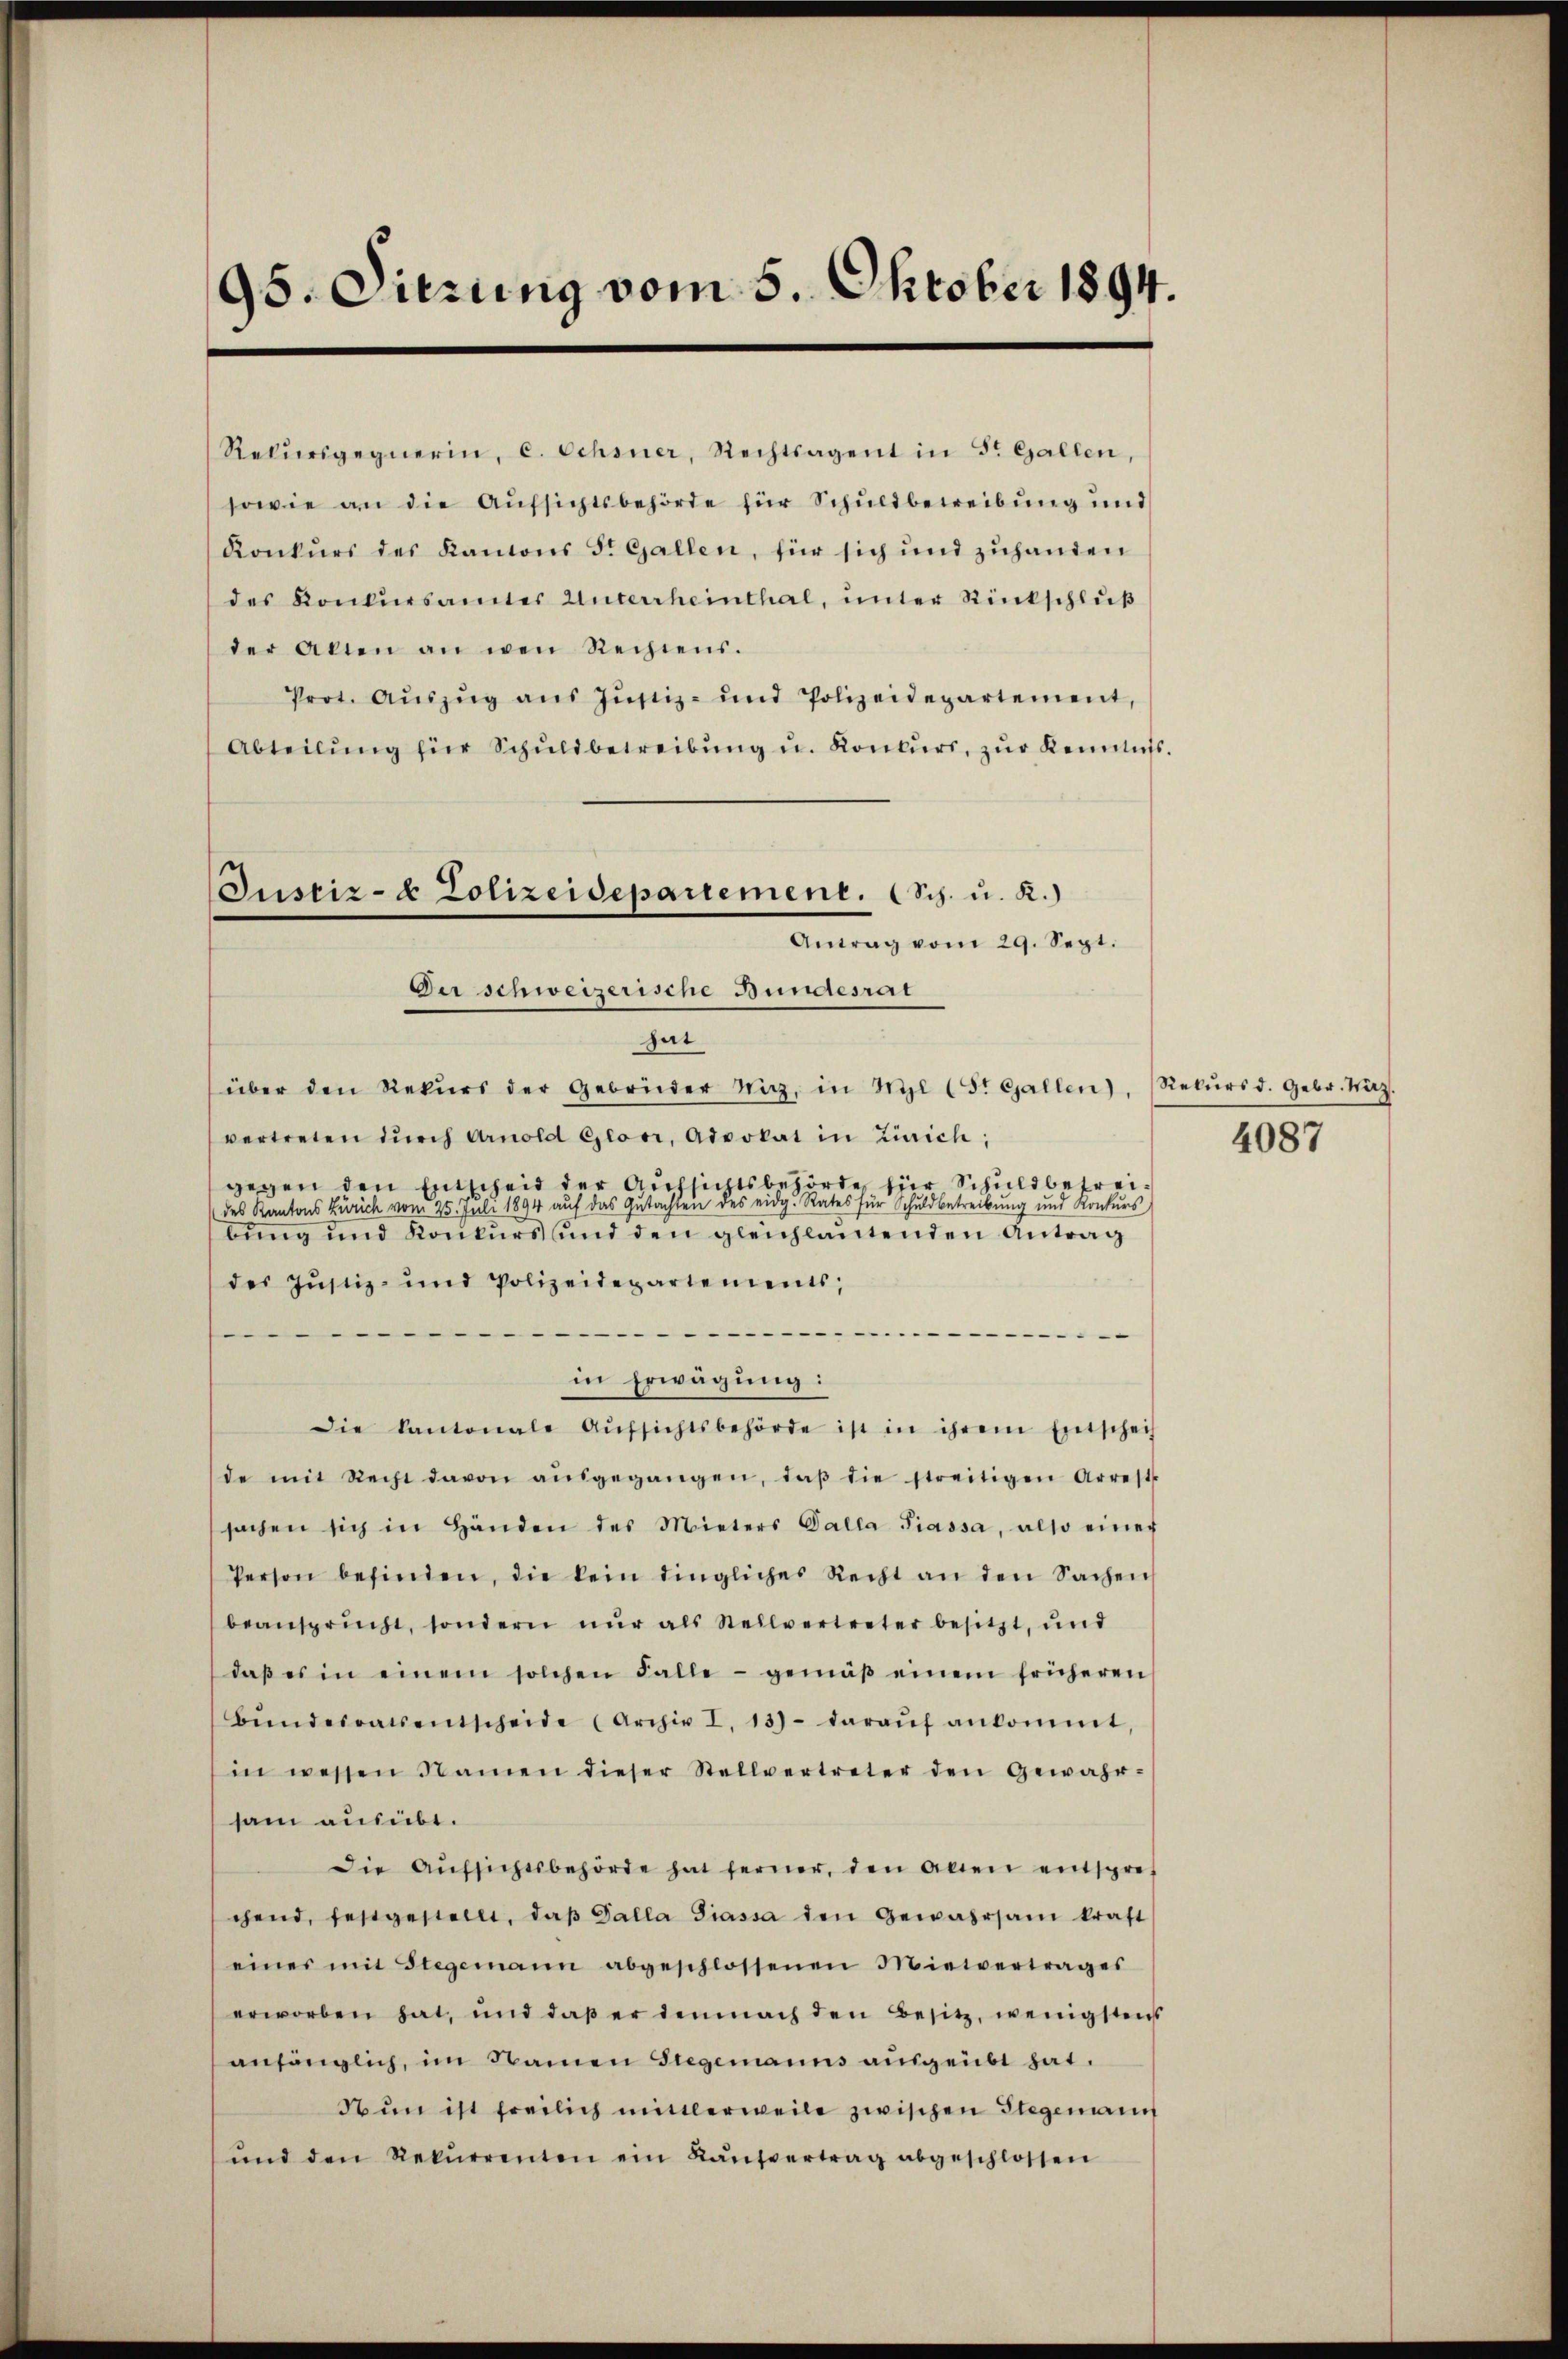
95. Dierung vom 5. Oktober 1894.

Justiz- & Polizeidepartement. (Sch. u. R.)
Antrag vom 29. Sept.
Der schweizerische Bundesrat

Rekŭrsgegnerin, c. Schöner, Rechtsagent in St. Gallen,
sowie an die Aufsichtsbehörde für Schuldbetreibung und
Konkurs des Kantons St. Gallen, für sich und zuhanden
des Konkursamtes Unterrheinthal, unter Rückschluß
der Akten an wen Rechtens.
Prot. Aŭszŭg aŭs Justiz- und Polizeidepartement,
Abteilŭng für Schŭldbetreibŭng u. Konkŭrs, zŭr Kenntnis.
hat
über den Rekŭrs der Gebrüder Wirz, in Nyl (5. Gallen), Rekŭrs d. Gebr. Maz.
vertreten dŭrch Arnold Giori, Advokat in Zürich;
gegen den Entscheid der Aufsichtsbehörde für Schuldbefreides Kantons Zürich vom 25. Juli 1894 aŭf das Gutachten des eidg. Rates für Schuldbetreibung und Konkŭrs
bung und Konkurs und den gleichlautenden Antrag
des Justiz- und Polizeidepartements,
.
—
in Erwägung:
Die Kantonale Aŭfsichtsbehörde ist in ihrem Entscheif
de mit Recht davon aŭsgegangen, daβ die streitigen Arrest
sachen sich in Händen des Mieters Galla Piassa, also einer
Person befinden, die kein dingliches Recht an den Sachen
beansprucht, sondern nŭr als Stellvertreter besitzt, und
daβ es in einem solchen Falle - gemäβ einem früheren
Bŭndesrats entscheide (Archiv I. 13) daraŭf ankommt,
in wessen Namen dieser Stellvertreter den Gewahr-
sam ausübt.
Die Aŭfsichtsbehörde hat ferner, den allen entsprechend, festgestellt, daβ Palla Giassa den Gewahrsam kraft
eines mit Stegemann abgeschlossenen Mietvertrages
erworben hat, und daß er demnach den Besitz, wenigsten
anfänglich, im Namen Stegemanns ausgeübt hat.
Nun ist freilich mittlerweile zwischen Stegemann
ŭnd den Rekŭrrenten ein Kaŭfvertrag abgeschlossen

4087